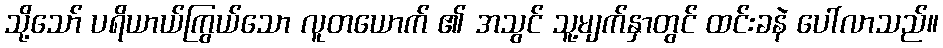
သို့သော် ပရိယာယ်ကြွယ်သော လူတယောက် ၏ အသွင် သူ့မျက်နှာတွင် ထင်းခနဲ ပေါ်လာသည်။